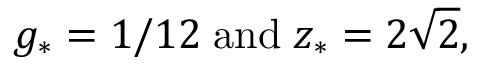
g _ { * } = 1 / 1 2 \; \mathrm { a n d } \; z _ { * } = 2 \sqrt { 2 } ,